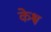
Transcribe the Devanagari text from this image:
केश्व